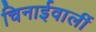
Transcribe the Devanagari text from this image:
चिनाईवालीं